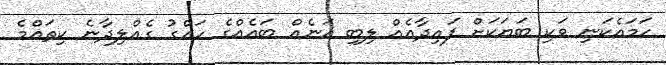
ހަމައެކަނި ވަކި ބަޔަކަށް ފައިދާއެއް ލިބި އަނެއް ބައެއްގެ ހައްގު ގެއްލިދާނެ ކިތައްމެ